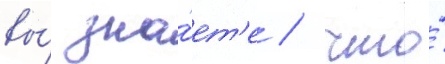
вы́ зна́ет'е / что́